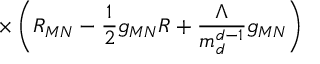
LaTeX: \times \left( R _ { M N } - \frac { 1 } { 2 } g _ { M N } R + \frac { \Lambda } { m _ { d } ^ { d - 1 } } g _ { M N } \right)